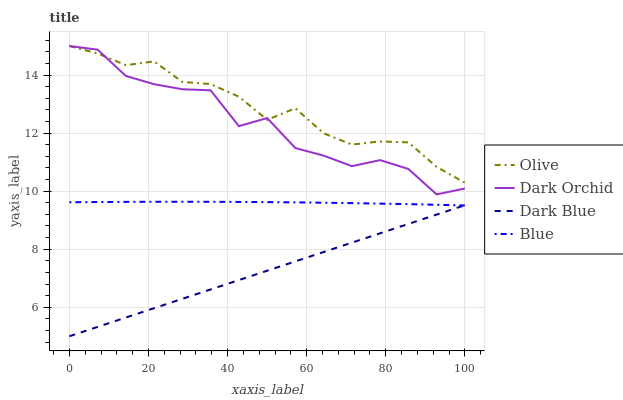
| xaxis_label | Olive | Dark Orchid | Dark Blue | Blue |
 | --- | --- | --- | --- | --- |
 | 0 | 15 | 15 | 5 | 9.62 |
 | 7.14 | 14.7 | 14.9 | 5.32 | 9.62 |
 | 14.3 | 14.3 | 14 | 5.64 | 9.63 |
 | 21.4 | 14.5 | 13.7 | 5.97 | 9.63 |
 | 28.6 | 13.8 | 13.5 | 6.29 | 9.63 |
 | 35.7 | 13.7 | 13.5 | 6.61 | 9.63 |
 | 42.9 | 13.3 | 12.2 | 6.93 | 9.63 |
 | 50 | 12.5 | 12.5 | 7.26 | 9.62 |
 | 57.1 | 12.9 | 11.5 | 7.58 | 9.61 |
 | 64.3 | 12 | 11.2 | 7.9 | 9.6 |
 | 71.4 | 11.6 | 10.9 | 8.22 | 9.59 |
 | 78.6 | 11.7 | 11.1 | 8.55 | 9.57 |
 | 85.7 | 11.7 | 10.8 | 8.87 | 9.55 |
 | 92.9 | 10.8 | 9.89 | 9.19 | 9.53 |
 | 100 | 10.3 | 10.1 | 9.51 | 9.51 |